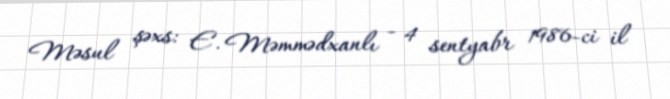
Məsul şəxs: E. Məmmədxanlı - 4 sentyabr 1986-ci il